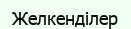
Желкенділер